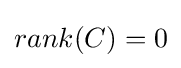
rank(C)=0